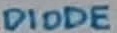
Text: DIODE